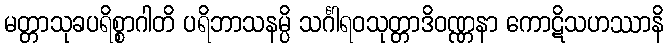
မတ္တာသုခပရိစ္စာဂါတိ ပရိဘာသနမ္ပိ သင်္ဂါရဝသုတ္တာဒိဝဏ္ဏနာ ကောဋိသဟဿာနိ